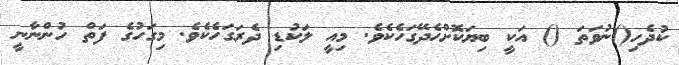
ކުދެހި()ނުވަތަ () އަކީ ބިޔަކޮށްހެދޭގަހެކެވެ. މިއީ ލަކުޑި ދެރަގަހެކެވެ. މިގަހުގެ ފަތް ހުންނާނީ